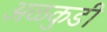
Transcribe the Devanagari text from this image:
अळकुडी